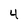
Character: 4